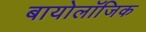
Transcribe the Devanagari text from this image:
बायोलॉजिक